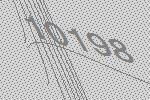
10198